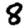
Digit: 8